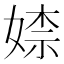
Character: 𡞫